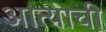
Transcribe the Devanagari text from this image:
आत्याची